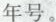
年号。